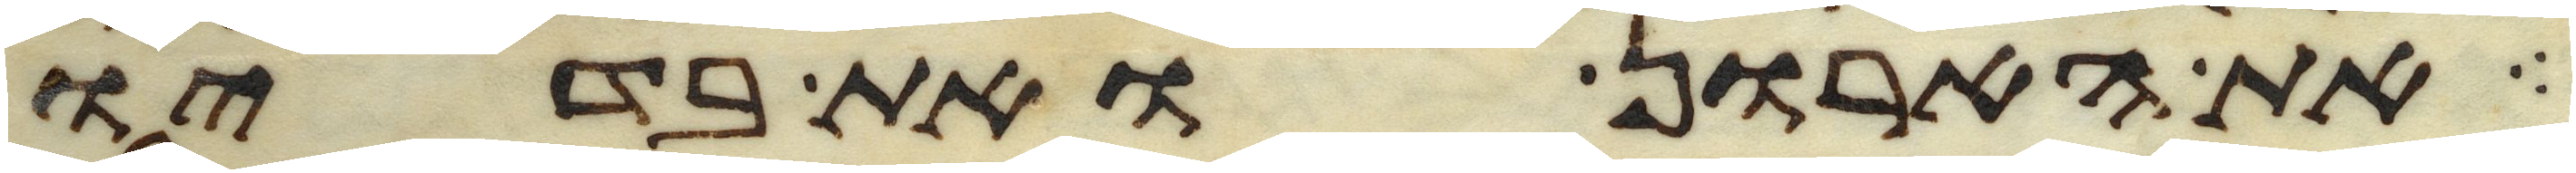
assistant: את הארון ואת בדיו